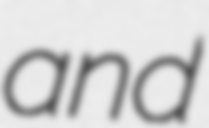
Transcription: and